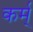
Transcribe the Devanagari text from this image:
कर्म्